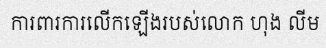
ការពារការលើកឡើងរបស់លោក ហុង លីម